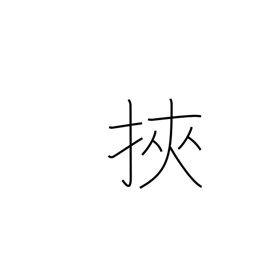
Meaning: get caught